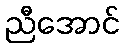
ညီအောင်